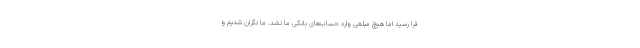
فرا رسید اما هیچ مبلغی وارد حساب‌های بانکی ما نشد. ما نگران شدیم و